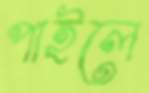
পাইলে